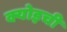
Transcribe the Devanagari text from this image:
क्योइची